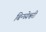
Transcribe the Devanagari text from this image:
बिन्ध्येश्वरी